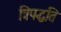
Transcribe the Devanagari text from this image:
त्रिपद्धति